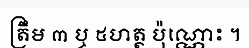
ត្រឹម ៣ ឬ ៥ហត្ថ ប៉ុណ្ណោះ ។